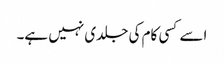
اسے کسی کام کی جلدی نہیں ہے۔